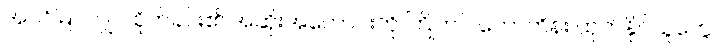
အပင်မြင်လျှင် စိုက်ခင်း၏ အဆိုးအကောင်းကို ကြိုတင် ဟောကိန်း ထုတ်နိုင်သူတွေ။